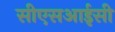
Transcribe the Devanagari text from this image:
सीएसआईसी